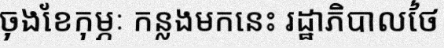
ចុងខែកុម្ភៈ កន្លងមកនេះ រដ្ឋាភិបាលថៃ